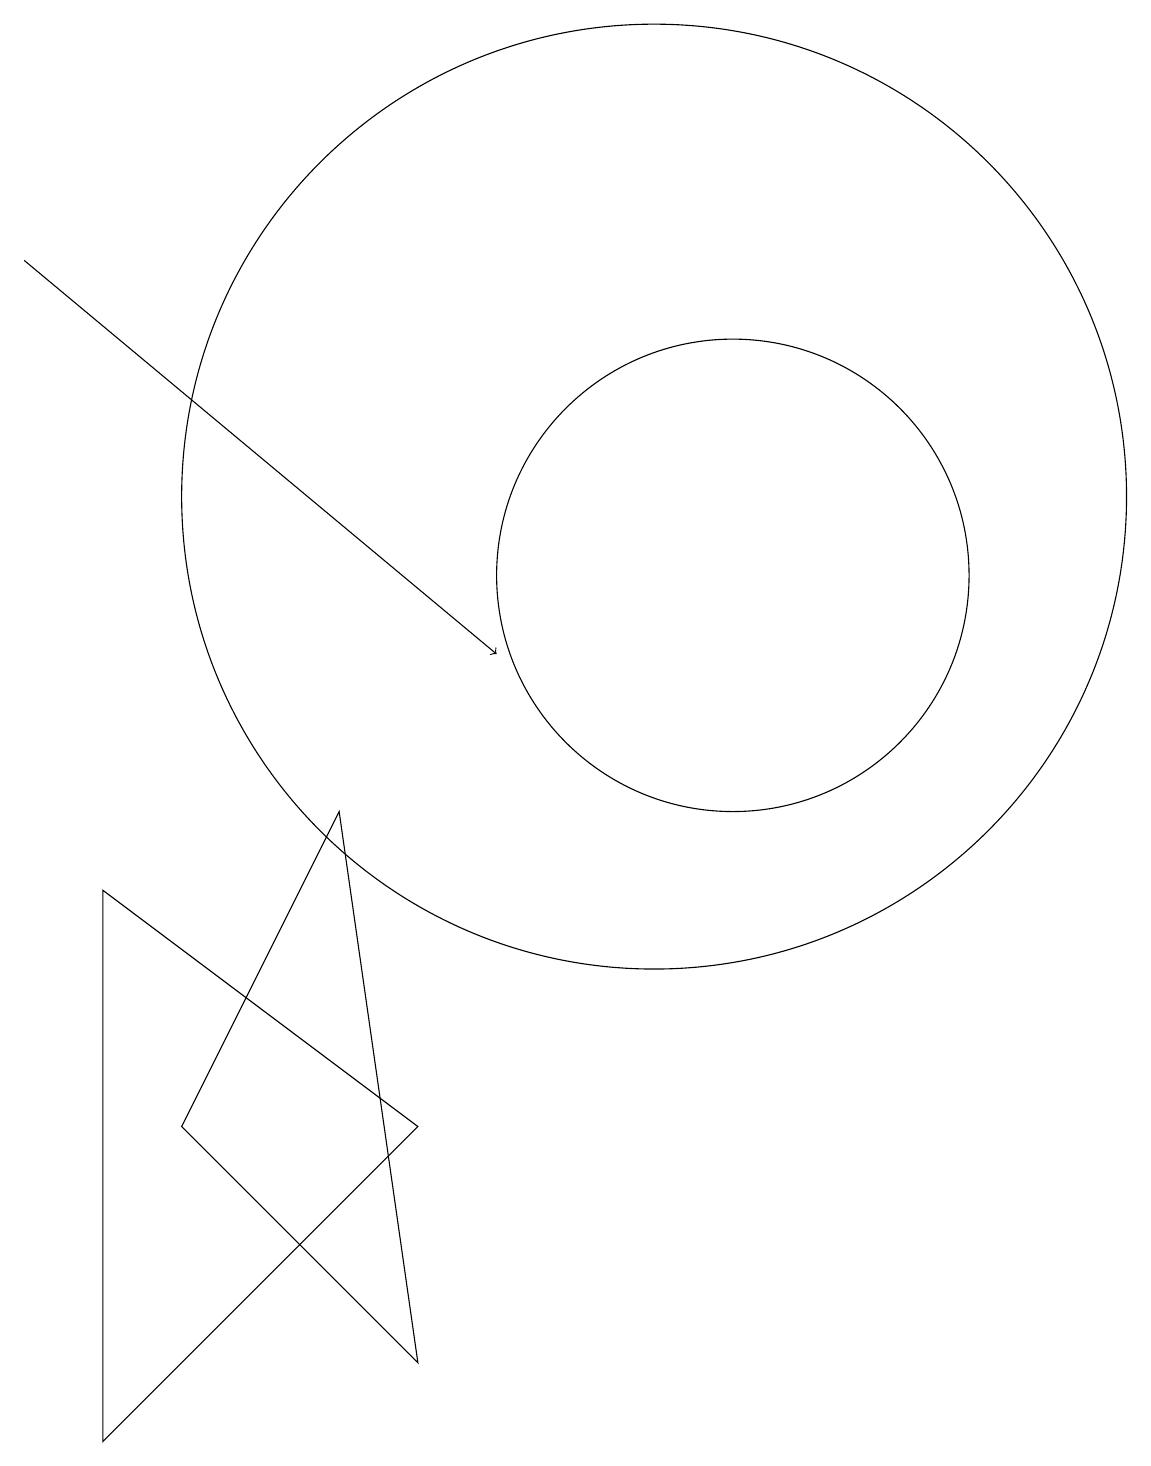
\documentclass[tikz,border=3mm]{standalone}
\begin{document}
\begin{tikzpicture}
\draw (4,4) -- (7,1) -- (6,8) -- cycle;
\draw (11,11) circle (3);
\draw[->] (2,15) -- (8,10);
\draw (10,12) circle (6);
\draw (7,4) -- (3,7) -- (3,0) -- cycle;
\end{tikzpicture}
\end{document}